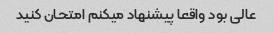
عالی بود واقعا پیشنهاد میکنم امتحان کنید